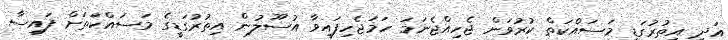
އަދި އިތުރުގަޑީ މަސައްކަތް ކުރުވަން ޖެހިއްޖެނަމަ ހަމަޖެހިފައިވާ އުސޫލުން އިތުރުގަޑީގެ މަސައްކަތަށް ފައިސާ